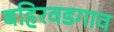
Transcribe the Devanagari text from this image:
बहिरवडगाव